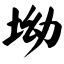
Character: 坳